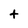
Character: t